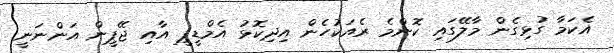
އެކަމާ ގުޅިގެން މާލޭގައި ކޮންމެ ރެއަކުހެން އިދިކޮޅު އެމްޑީޕީ އާއި ޖޭޕީން އަންނަނީ